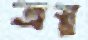
ত্রস্নু